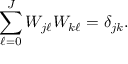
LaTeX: \sum _ { \ell = 0 } ^ { J } W _ { j \ell } W _ { k \ell } = \delta _ { j k } .